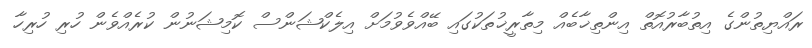
ރައްޔިތުންގެ އިތުބާރުއޮތް އިންތިޚާބެއް މިތާރީޚުތަކުގައި ބޭއްވެވުމަށް އިލެކްޝަންސް ކޮމިޝަނުން ކުރެއްވެން ހުރި ހުރިހާ